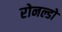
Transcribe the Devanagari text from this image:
रोनल्डो